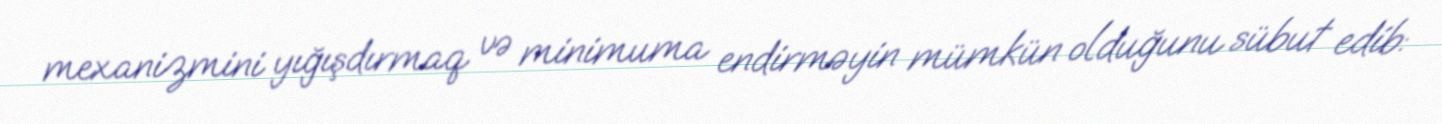
mexanizmini yığışdırmaq və minimuma endirməyin mümkün olduğunu sübut edib: